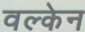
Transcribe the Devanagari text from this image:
वल्केन